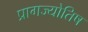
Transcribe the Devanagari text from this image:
प्रागज्योतिष